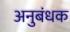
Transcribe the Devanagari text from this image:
अनुबंधक